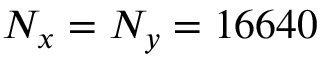
N _ { x } = N _ { y } = 1 6 6 4 0